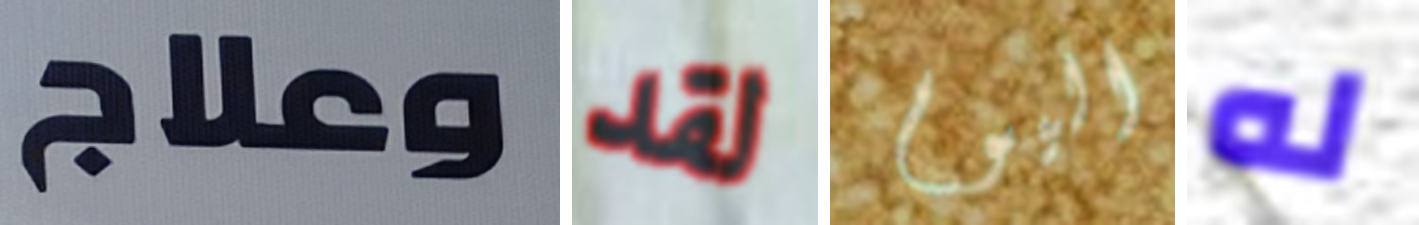
وعلاج لقد اليوم له